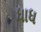
ધાધ